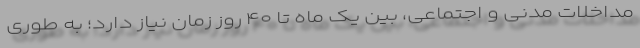
مداخلات مدنی و اجتماعی، بین یک ماه تا ۴۰ روز زمان نیاز دارد؛ به طوری